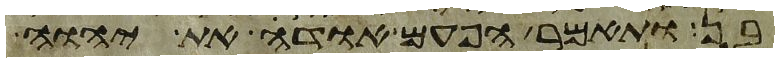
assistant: בן ותאמר הפעם אודה את יהוה